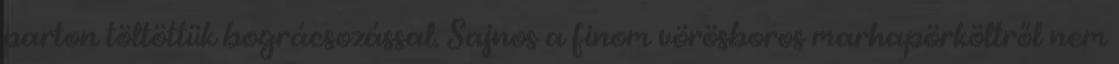
parton töltöttük bográcsozással. Sajnos a finom vörösboros marhapörköltről nem